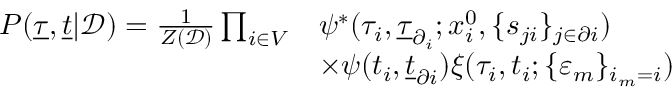
\begin{array} { r } { \begin{array} { r l } { P ( \underline { { \tau } } , \underline { { t } } | \mathcal { D } ) = \frac { 1 } { Z ( \mathcal { D } ) } \prod _ { i \in V } } & { \psi ^ { * } ( \tau _ { i } , \underline { { \tau } } _ { \partial _ { i } } ; x _ { i } ^ { 0 } , \{ s _ { j i } \} _ { j \in \partial i } ) } \\ & { \times \psi ( t _ { i } , \underline { { t } } _ { \partial i } ) \xi ( \tau _ { i } , t _ { i } ; \{ \varepsilon _ { m } \} _ { i _ { m } = i } ) } \end{array} } \end{array}